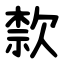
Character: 歀